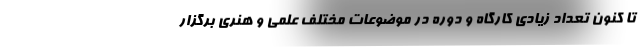
تا کنون تعداد زیادی کارگاه و دوره در موضوعات مختلف علمی و هنری برگزار